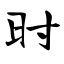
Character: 时